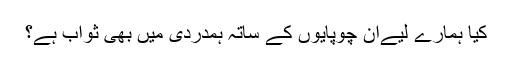
کیا ہمارے لیےان چوپایوں کے ساتہ ہمدردی میں بھی ثواب ہے؟